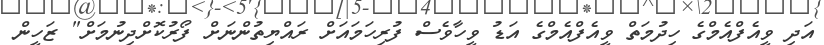
އަދި ވީއެފްއެމްގެ ހިދުމަތް ވީއެފްއެމްގެ އަޑު ވީހާވެސް ފުރިހަމައަށް ރައްޔިތުންނަށް ފޯރުކޮށްދިނުމަށް" ޒަހީން